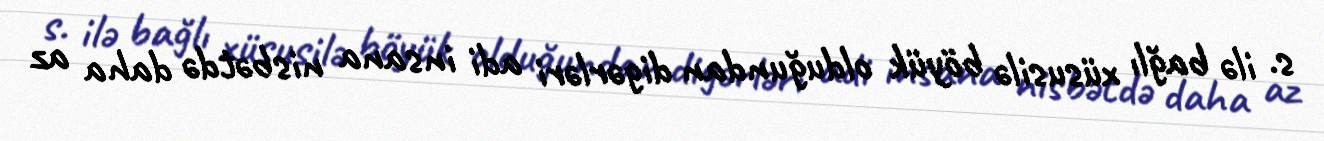
s. ilə bağlı xüsusilə böyük olduğundan digərləri adi insana nisbətdə daha az